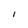
Character: I